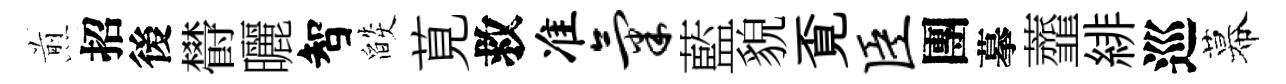
煎招後欎曬智燄莧救准气藍貌覔臣團摹虀緋巡幕